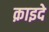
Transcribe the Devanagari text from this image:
क़ाइदे